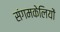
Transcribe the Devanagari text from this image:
संगमकेलियों